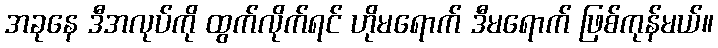
အခုနေ ဒီအလုပ်ကို ထွက်လိုက်ရင် ဟိုမရောက် ဒီမရောက် ဖြစ်ကုန်မယ်။